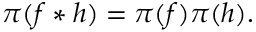
\pi ( f * h ) = \pi ( f ) \pi ( h ) .